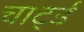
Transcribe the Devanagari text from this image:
चार्ट्ड